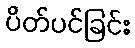
ပိတ်ပင်ခြင်း